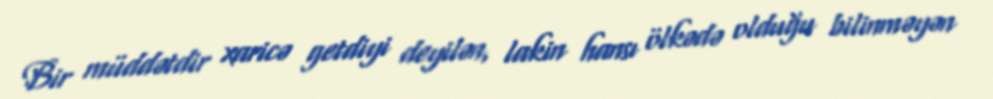
Bir müddətdir xaricə getdiyi deyilən, lakin hansı ölkədə olduğu bilinməyən